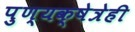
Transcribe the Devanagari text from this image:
पुण्यक्षेत्रेही